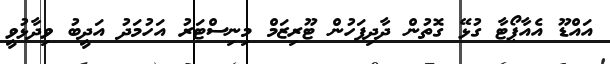
އައްޑޫ އެއާޕޯޓާ ގުޅޭ ގޮތުން ދާދިފަހުން ޓޫރިޒަމް މިނިސްޓަރު އަހުމަދު އަދީބު ވިދާޅުވީ